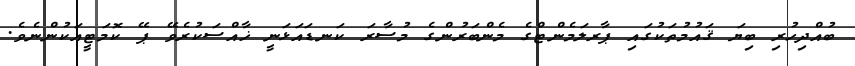
ބުއްދިހުރި ބިޔަ ޤައުމުތަކުގައި ޕާރލަމެންޓްގެ މެންބަރުންގެ މުސާރަ ކަނޑައަޅަނީ ޚާއްސަކުރެވޭ ޕޭ ކޮމަޓީއަކުންނެވެ.